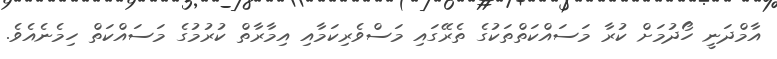
އާމްދަނީ ހޯދުމަށް ކުރާ މަސައްކަތްތަކުގެ ތެރޭގައި މަސްވެރިކަމާއި އިމާރާތް ކުރުމުގެ މަސައްކަތް ހިމެނެއެވެ.